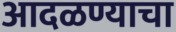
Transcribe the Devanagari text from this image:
आदळण्याचा